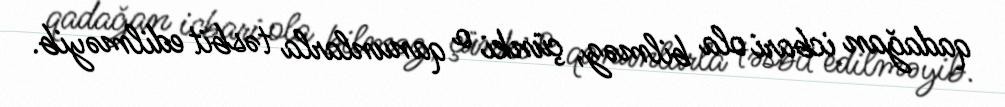
qadağan icbari ola bilməz, çünki o qanunlarla təsbit edilməyib.